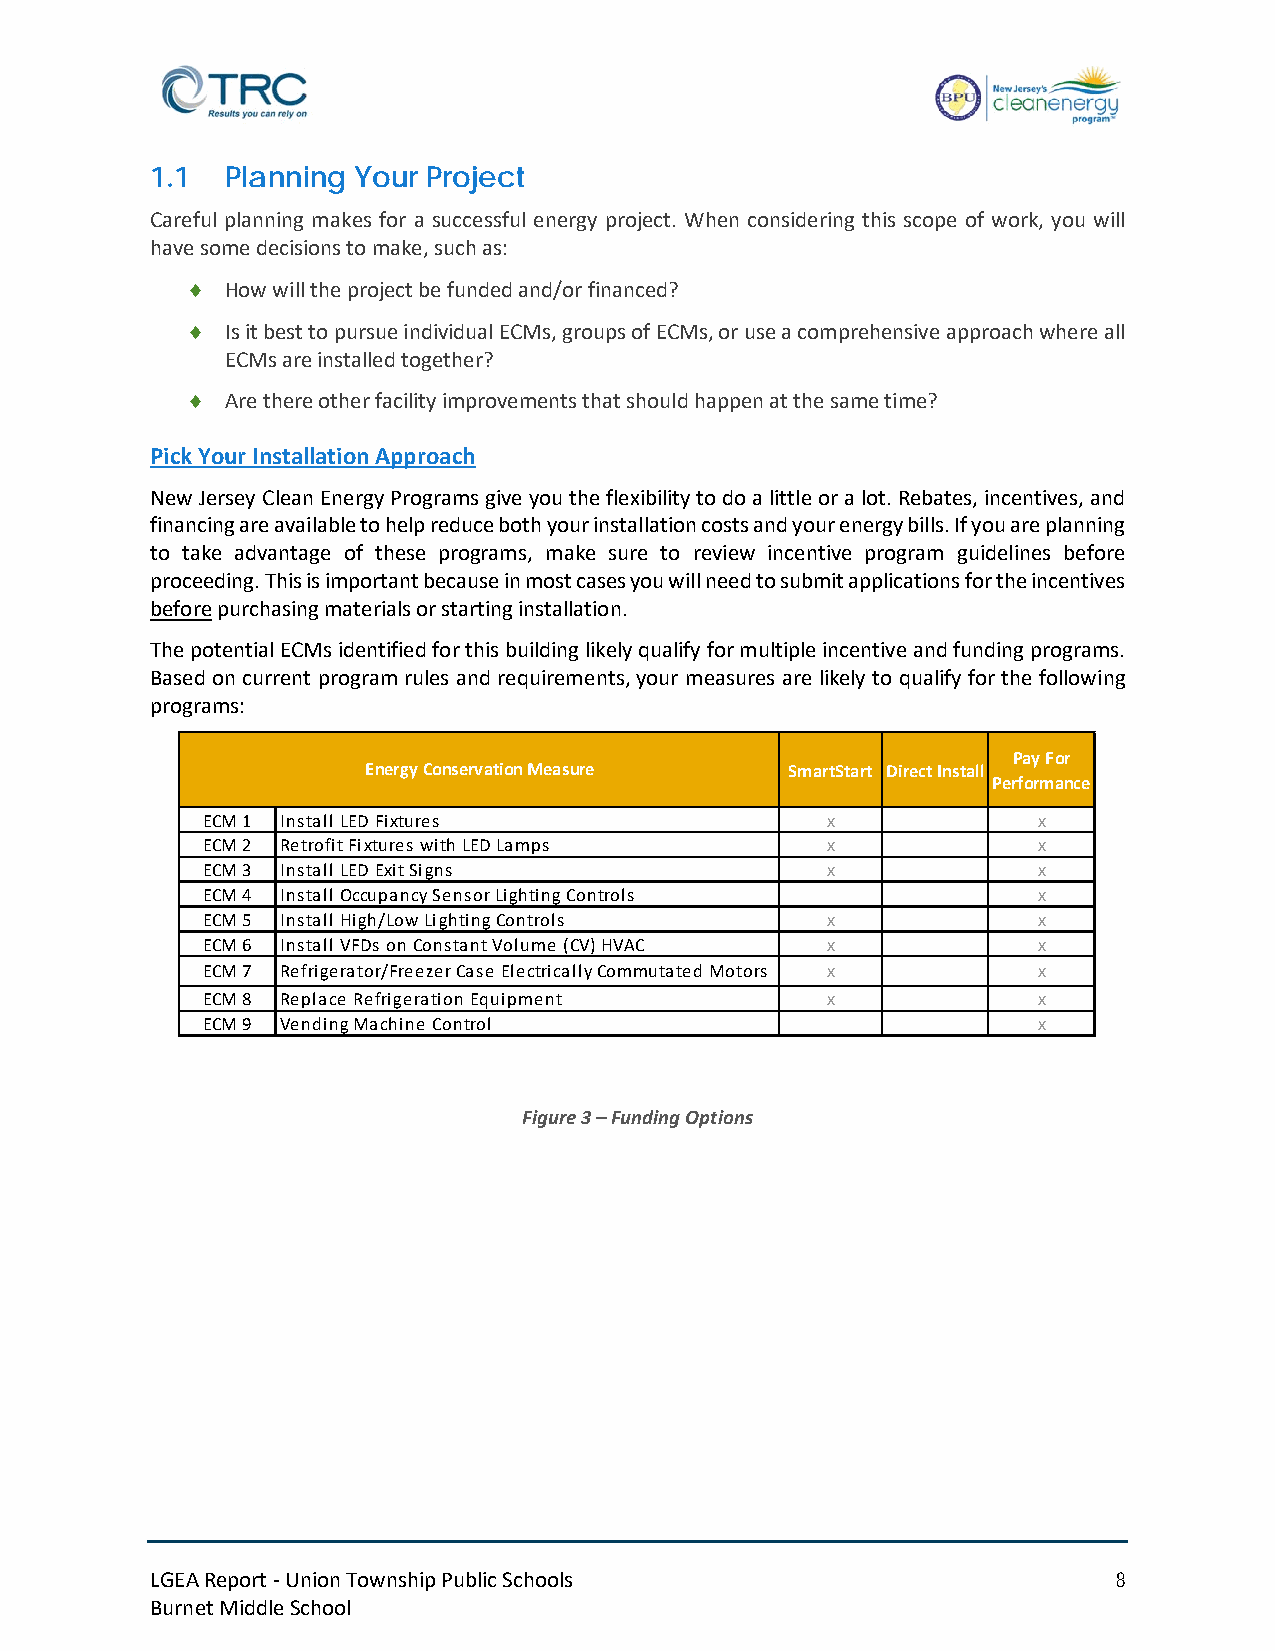
1.1  Planning Your Project
 Careful planning makes for a successful energy project. When considering this scope of work, you will
 have some decisions to make, such as:
 ♦  How will the project be funded and/or financed?
 ♦  Is it best to pursue individual ECMs, groups of ECMs, or use a comprehensive approach where all
 ECMs are installed together?
 ♦  Are there other facility improvements that should happen at the same time?
 Pick Your Installation Approach
 New Jersey Clean Energy Programs give you the flexibility to do a little or a lot. Rebates, incentives, and
 financing are available to help reduce both your installation costs and your energy bills. If you are planning
 to take advantage of these programs, make sure to review incentive program guidelines before
 proceeding. This is important because in most cases you will need to submit applications for the incentives
 before purchasing materials or starting installation.
 The potential ECMs identified for this building likely qualify for multiple incentive and funding programs.
 Based on current program rules and requirements, your measures are likely to qualify for the following
 programs:
 Pay For
 Energy Conservation Measure SmartStart Direct Install
 Performance
 ECM 1 Install LED Fixtures                x             x
 ECM 2 Retrofit Fixtures with LED Lamps    x             x
 ECM 3 Install LED Exit Signs              x             x
 ECM 4 Install Occupancy Sensor Lighting Controls        x
 ECM 5 Install High/Low Lighting Controls  x             x
 ECM 6 Install VFDs on Constant Volume (CV) HVAC x       x
 ECM 7 Refrigerator/Freezer Case Electrically Commutated Motors x x
 ECM 8 Replace Refrigeration Equipment     x             x
 ECM 9 Vending Machine Control                           x
 Figure 3 – Funding Options
 LGEA Report - Union Township Public Schools                     8
 Burnet Middle School